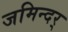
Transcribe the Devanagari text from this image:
जमिन्दर्